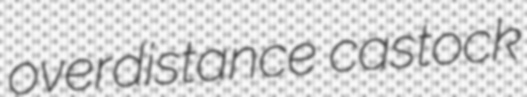
overdistance castock